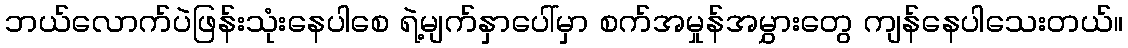
ဘယ်လောက်ပဲဖြန်းသုံးနေပါစေ ရဲ့မျက်နှာပေါ်မှာ စက်အမှုန်အမွှားတွေ ကျန်နေပါသေးတယ်။